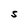
Character: s